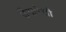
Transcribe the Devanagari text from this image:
उँगारेत्ती